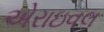
એરાઇવલ